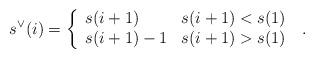
LaTeX: \begin{align*}s^\vee(i) = \left\{ \begin{array}{ll} s(i+1) & s(i+1) <s(1) \\ s(i+1)-1 & s(i+1) > s(1) \end{array} \right.\;.\end{align*}